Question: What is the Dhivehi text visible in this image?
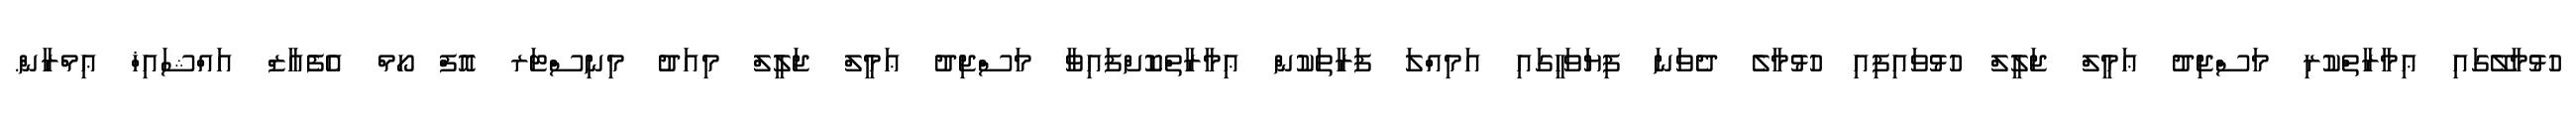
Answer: ހުޅުމާލޭގައި ޢިމާރާތްކުރި މަސްޖިދު ޢަމީލް ޖަލީލް ހުޅުވައިފިއި ހުޅުމާލެ ދެވަނަ ފިޔަވަހީގައި އަމިއްލަ ފަރާތަކުން ޢިމާރާތްކޮށްފައިވާ މަސްޖިދު ޢަމީލް ޖަލީލް މިއަދު މިނިސްޓަރ އޮފް ހޯމް އެފެއާޒް އައްޝައިޚް ޢިމްރާން.